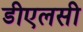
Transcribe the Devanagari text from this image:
डीएलसी